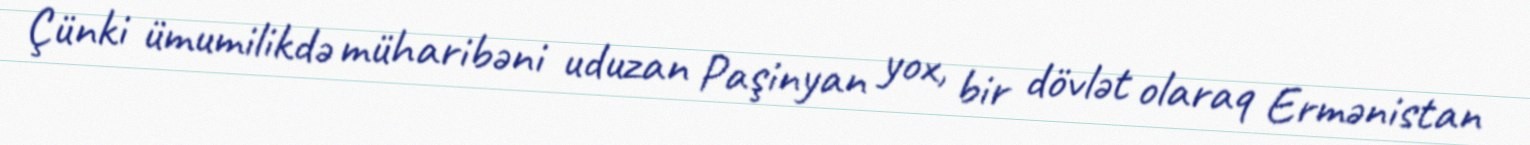
Çünki ümumilikdə müharibəni uduzan Paşinyan yox, bir dövlət olaraq Ermənistan